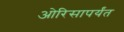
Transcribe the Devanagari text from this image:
ओरिसापर्यंत